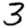
Digit: 3